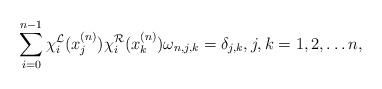
LaTeX: \begin{align*}\sum_{i=0}^{n-1}\chi_i^{\mathcal{L}}(x_j^{(n)})\chi_i^{\mathcal{R}}(x_k^{(n)})\omega_{n,j,k}=\delta_{j,k}, j,k = 1,2, \ldots n,\end{align*}